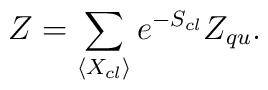
Z=\sum_{\langle X_{cl} \rangle}e^{-S_{cl}}Z_{qu}.